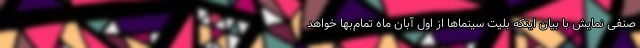
صنفی نمایش با بیان اینکه بلیت سینماها از اول آبان ماه تمام‌بها خواهد